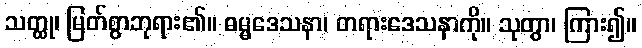
သတ္ထု၊ မြတ်စွာဘုရား၏။ ဓမ္မဒေသနာ၊ တရားဒေသနာကို။ သုတွာ၊ ကြား၍။